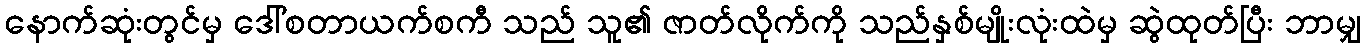
နောက်ဆုံးတွင်မှ ဒေါ်စတာယက်စကီ သည် သူ၏ ဇာတ်လိုက်ကို သည်နှစ်မျိုးလုံးထဲမှ ဆွဲထုတ်ပြီး ဘာမျှ